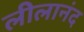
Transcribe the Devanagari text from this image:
लीलानंद